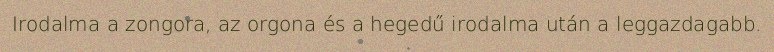
Irodalma a zongora, az orgona és a hegedű irodalma után a leggazdagabb.